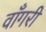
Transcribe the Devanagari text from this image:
वाँगरी